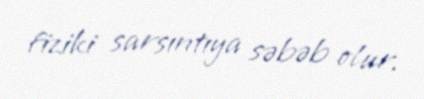
fiziki sarsıntıya səbəb olur.